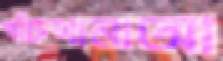
পাঁচখানাআ